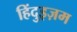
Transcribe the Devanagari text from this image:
हिंदुइज़म